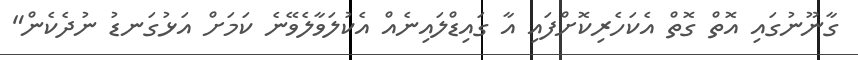
ގާނޫނުގައި އޮތް ގޮތް އެކަހެރިކޮށްފައި އާ ގައިޑްލައިނެއް އެކުލަވާލެވޭނެ ކަމަށް އަޅުގަނޑު ނުދެކެން"